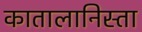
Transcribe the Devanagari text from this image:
कातालानिस्ता